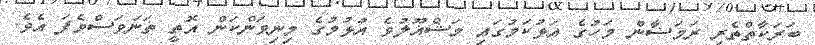
ބަރަކާތްތެރި ރަމަޟާން މަހުގެ އަޅުކަމުގައި މަޝްޣޫލުވެ އުޅުމުގެ މިނިވަންކަން އޮތީ ތަނަވަސްވެފަ އެވެ.